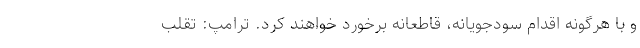
و با هرگونه اقدام سودجویانه، قاطعانه برخورد خواهند کرد. ترامپ: تقلب